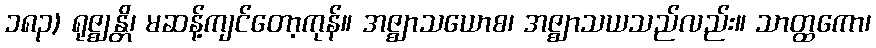
၁၈၃) ရုဇ္ဈန္တိ၊ မဆန့်ကျင်တော့ကုန်။ အဇ္ဈာသယောစ၊ အဇ္ဈာသယသည်လည်း။ သာတ္ထကော၊